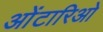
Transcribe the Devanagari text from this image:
ओंटारिओ